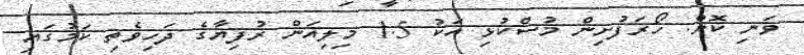
ވަނި ކޮށް. ހޯރަފުށިން މުސްކުޅި އަކު 1.5 މިލިއަން ރުފިޔާގެ ދަހިވެތި ކަމުގައި